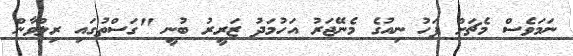
ނަމަވެސް މެޗަށް ފަހު ނިއުގެ މެނޭޖަރު އަހުމަދު ޒަރީރު ބުނީ "ގަސްތުގައި ރިލްވާން